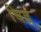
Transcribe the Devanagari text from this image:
चिह्न्